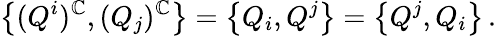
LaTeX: \left\{ (Q^{i})^{\mathbb{C}},(Q_{j})^{\mathbb{C}}\right\} =\left\{ Q_{i},Q^{j}\right\} =\left\{ Q^{j},Q_{i}\right\} \, .